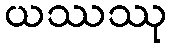
ယဿဿု